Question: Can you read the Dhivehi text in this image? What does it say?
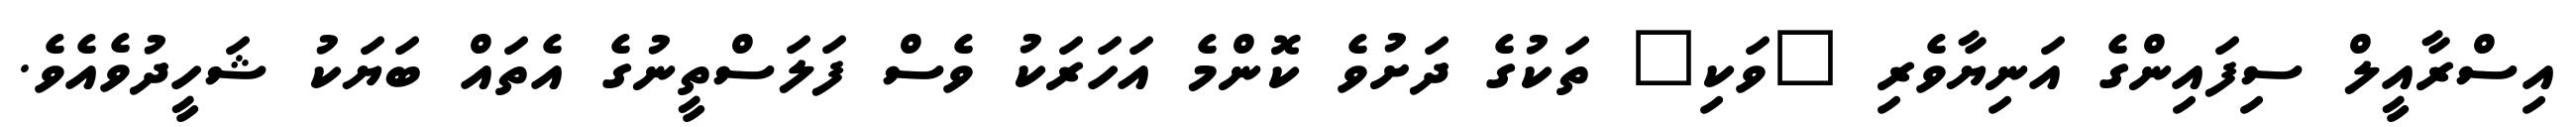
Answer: އިސްރާއީލް ސިފައިންގެ އަނިޔާވެރި "ވަކި" ތަކުގެ ދަށުވެ ކޮންމެ އަހަރަކު ވެސް ފަލަސްތީނުގެ އެތައް ބަޔަކު ޝަހީދުވެއެވެ.